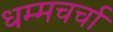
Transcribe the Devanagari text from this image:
धम्मचर्चा